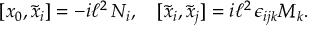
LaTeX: [ x _ { 0 } , \tilde { x } _ { i } ] = - i \ell ^ { 2 } \, N _ { i } , \quad [ \tilde { x } _ { i } , \tilde { x } _ { j } ] = i \ell ^ { 2 } \, \epsilon _ { i j k } M _ { k } .